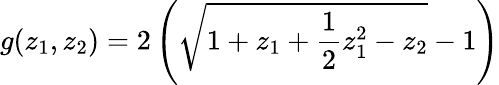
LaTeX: g(z_{1},z_{2})=2\left(\sqrt{1+z_{1}+{\frac{1}{2}}z_{1}^{2}-z_{2}}-1\right)